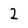
Character: 2